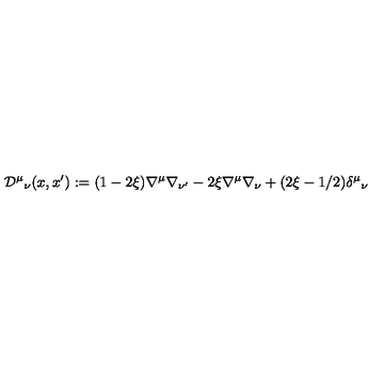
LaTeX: { \cal D } ^ { \mu } { } _ { \nu } ( x , x ^ { \prime } ) : = ( 1 - 2 \xi ) \nabla ^ { \mu } \nabla _ { \nu ^ { \prime } } - 2 \xi \nabla ^ { \mu } \nabla _ { \nu } + ( 2 \xi - 1 / 2 ) \delta ^ { \mu } { } _ { \nu }